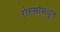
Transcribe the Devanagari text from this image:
रोस्सोमधून